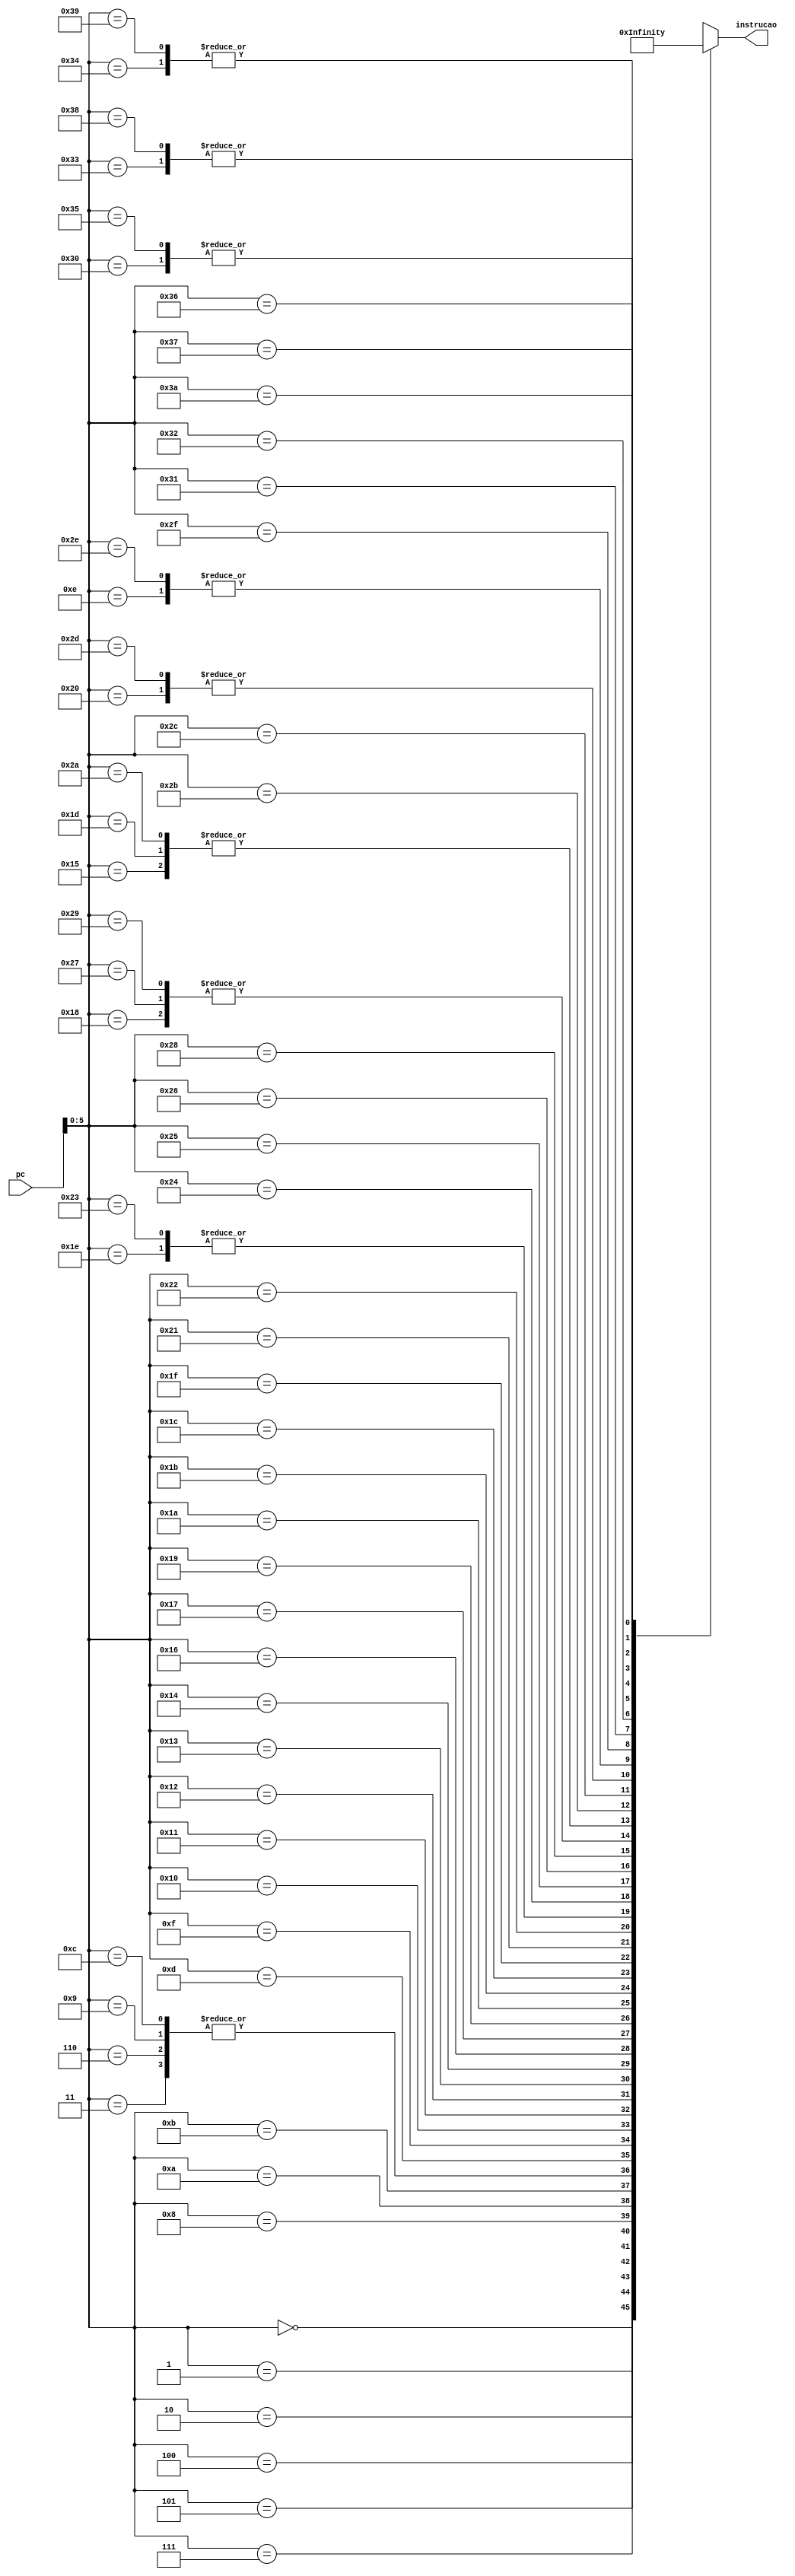
module bios(
	input [25:0] pc,										// PC Atual
	output [31:0] instrucao);							// Proxima instrucao a ser executada
	
	localparam BIOS_SIZE = 59;							// Tamanho da bios
	wire [31:0] bios [BIOS_SIZE-1:0];				// Memoria da bios
	
	assign bios[0] = 32'b111100_00000000000000000000101111;		// Jump to Main
	assign bios[1] = 32'b000001_11110_11110_0000000000000010; 	// addi
	assign bios[2] = 32'b010000_00000_00001_0000000000010100; 	// li
	assign bios[3] = 32'b011110_00000_00001_0000000000000000; 	// lcd
	assign bios[4] = 32'b010011_00000_01111_0000000000000000; 	// in
	assign bios[5] = 32'b010000_00000_00001_0000000000010101; 	// li
	assign bios[6] = 32'b011110_00000_00001_0000000000000000; 	// lcd
	assign bios[7] = 32'b010011_00000_10000_0000000000000000; 	// in
	assign bios[8] = 32'b010000_00000_00001_0000000000010110; 	// li
	assign bios[9] = 32'b011110_00000_00001_0000000000000000; 	// lcd
	assign bios[10] = 32'b010011_00000_10001_0000000000000000; 	// in
	assign bios[11] = 32'b010000_00000_00001_0000000000010111; 	// li
	assign bios[12] = 32'b011110_00000_00001_0000000000000000; 	// lcd
	assign bios[13] = 32'b010011_00000_10010_0000000000000000; 	// in
	assign bios[14] = 32'b000000_11111_00000_00000_00000_010010; 	// jr
	assign bios[15] = 32'b000001_11110_11110_0000000000000101; 	// addi
	assign bios[16] = 32'b010000_00000_01111_0000000000111111; 	// li
	assign bios[17] = 32'b010010_11110_01111_0000000000000000; 	// sw
	assign bios[18] = 32'b010000_00000_10000_0000000000000000; 	// li
	assign bios[19] = 32'b010010_11110_10000_1111111111111111; 	// sw
	assign bios[20] = 32'b001111_11110_00101_1111111111111111; 	// lw
	assign bios[21] = 32'b001110_00101_00001_0000000000000000; 	// mov
	assign bios[22] = 32'b010110_00001_10001_0000000000000000; 	// ldk
	assign bios[23] = 32'b010010_11110_10001_1111111111111110; 	// sw
	assign bios[24] = 32'b001111_11110_00101_1111111111111110; 	// lw
	assign bios[25] = 32'b001101_00101_10010_0000000000011010; 	// srli
	assign bios[26] = 32'b001111_11110_00110_0000000000000000; 	// lw
	assign bios[27] = 32'b000000_10010_00110_10011_00000_001101; 	// ne
	assign bios[28] = 32'b010101_10011_00000_0000000000101001; 	// jf
	assign bios[29] = 32'b001110_00101_00001_0000000000000000; 	// mov
	assign bios[30] = 32'b001111_11110_00111_1111111111111111; 	// lw
	assign bios[31] = 32'b001110_00111_00010_0000000000000000; 	// mov
	assign bios[32] = 32'b011010_00010_00001_0000000000000000; 	// sim
	assign bios[33] = 32'b000001_00111_10100_0000000000000001; 	// addi
	assign bios[34] = 32'b010010_11110_10100_1111111111111111; 	// sw
	assign bios[35] = 32'b001111_11110_00111_1111111111111111; 	// lw
	assign bios[36] = 32'b001110_00111_00001_0000000000000000; 	// mov
	assign bios[37] = 32'b010110_00001_10101_0000000000000000; 	// ldk
	assign bios[38] = 32'b010010_11110_10101_1111111111111110; 	// sw
	assign bios[39] = 32'b001111_11110_00101_1111111111111110; 	// lw
	assign bios[40] = 32'b111100_00000000000000000000011000; 	// j
	assign bios[41] = 32'b001111_11110_00101_1111111111111110; 	// lw
	assign bios[42] = 32'b001110_00101_00001_0000000000000000; 	// mov
	assign bios[43] = 32'b001111_11110_00110_1111111111111111; 	// lw
	assign bios[44] = 32'b001110_00110_00010_0000000000000000; 	// mov
	assign bios[45] = 32'b011010_00010_00001_0000000000000000; 	// sim
	assign bios[46] = 32'b000000_11111_00000_00000_00000_010010; 	// jr
	assign bios[47] = 32'b000001_11110_11110_0000000000000001; 	// addi
	assign bios[48] = 32'b010010_11110_11111_0000000000000000; 	// sw
	assign bios[49] = 32'b111110_00000000000000000000000001; 	// jal
	assign bios[50] = 32'b000010_11110_11110_0000000000000010; 	// subi
	assign bios[51] = 32'b001111_11110_11111_0000000000000000; 	// lw
	assign bios[52] = 32'b001110_11000_00101_0000000000000000; 	// mov
	assign bios[53] = 32'b010010_11110_11111_0000000000000000; 	// sw
	assign bios[54] = 32'b111110_00000000000000000000001111; 	// jal
	assign bios[55] = 32'b000010_11110_11110_0000000000000101; 	// subi
	assign bios[56] = 32'b001111_11110_11111_0000000000000000; 	// lw
	assign bios[57] = 32'b001110_11000_00101_0000000000000000; 	// mov
	assign bios[58] = 32'b111111_00000000000000000000000000; 	// halt
	
	assign instrucao = bios[pc];
endmodule